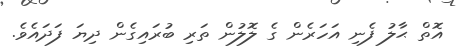
އޮތް ޙާލު ފެނި އަހަރެން ގެ ލޮލުން ތަރި ބުރައިގެން ދިޔަ ފަދައެވެ.